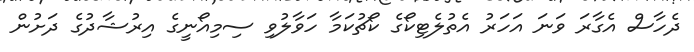
ދެހާސް އެގާރަ ވަނަ އަހަރު އެތުލެޓިކޯގެެ ކޯޗުކަމާ ހަވާލުވި ސިމިއޯނީގެ އިރުޝާދުގެ ދަށުން